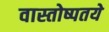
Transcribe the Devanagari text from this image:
वास्तोष्पतये